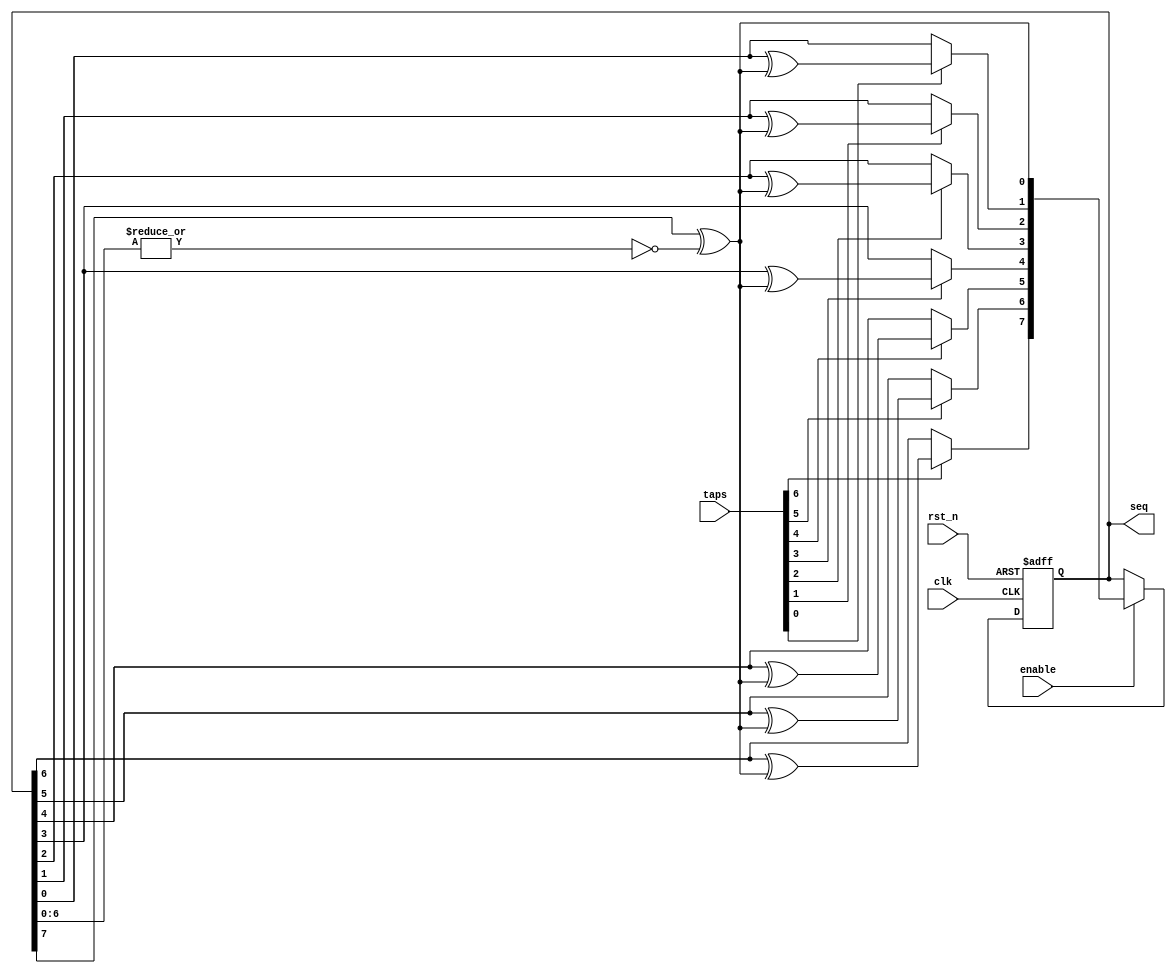
module lfsr (
    input wire clk,                 //! input clock
    input wire rst_n,               //! active-low asynchronous reset
    input wire enable,              //! active-high enable
    input wire [WIDTH-1:0] taps,    //! feedback tap array
    output wire [WIDTH-1:0] seq     //! output sequence
);
    //! Number of clock cycles per pulse
    parameter integer WIDTH = 8;
    reg [WIDTH-1:0] lfsr_reg, lfsr_next;

    //! clock the next stage of the LFSR
    always @(negedge rst_n or posedge clk) begin : lfsr_clocking
        if (~rst_n) begin
            lfsr_reg <= 0;
        end else begin
            if (enable) begin
                lfsr_reg <= lfsr_next;
            end
        end
    end

    //! build up the LFSR feedback loop
    reg lfsr_fdbk;
    integer n;
    always @(*) begin : lfsr_feedback_gen
        lfsr_fdbk = lfsr_reg[WIDTH-1] ^ (~|lfsr_reg[WIDTH-2:0]); // feedback loop is MSb xor-ed with nor of all remaining bits
        for (n = 1; n < WIDTH; n = n + 1) begin
            if (taps[n-1] == 1) begin
                lfsr_next[n] = lfsr_reg[n-1] ^ lfsr_fdbk;
            end else begin
                lfsr_next[n] = lfsr_reg[n-1];
            end
        end
        lfsr_next[0] = lfsr_fdbk;
    end

    assign seq = lfsr_reg;

endmodule